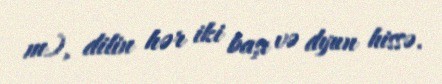
m), dilin hər iki başı və dyun hissə.